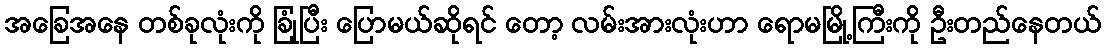
အခြေအနေ တစ်ခုလုံးကို ခြုံပြီး ပြောမယ်ဆိုရင် တော့ လမ်းအားလုံးဟာ ရောမမြို့ကြီးကို ဦးတည်နေတယ်